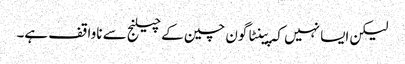
لیکن ایسا نہیں کہ پینٹاگون چین کے چیلنج سے ناواقف ہے۔